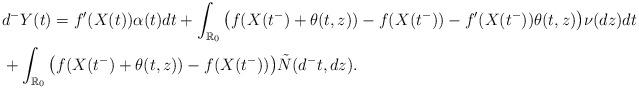
LaTeX: \begin{align*}&d^-Y (t) = f'(X(t))\alpha(t)dt+\int_{\mathbb{R}_0}\big(f(X(t^-) + \theta(t, z))-f(X(t^-))-f'(X(t^-))\theta(t, z)\big)\nu(dz)dt\\&+\int_{\mathbb{R}_0}\big(f(X(t^-) + \theta(t, z))-f(X(t^-))\big)\tilde{N}(d^-t, dz).\end{align*}